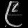
Digit: ၉